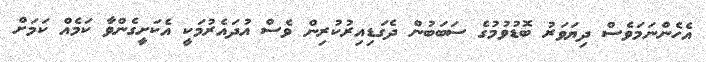
އެހެންނަމަވެސް ދިޔަވަރު ބޮޑުވުމުގެ ސަބަބުން ދެގަޑިއިރުކުރިން ވެސް އުދައެރުމަކީ އެކަށީގެންވާ ކަމެއް ކަމަށް